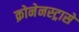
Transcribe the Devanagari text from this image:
क्रोनेनस्ट्रासे